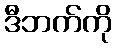
ဒီဘက်ကို